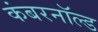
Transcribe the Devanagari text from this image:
कंबरनॉल्ड